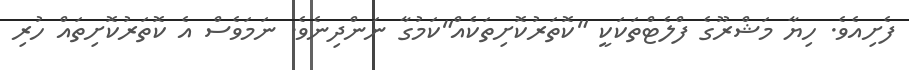
ފެށިއެވެ. ހިޔާ މަޝްރޫގެ ފްލެޓްްތަކަކީ "ކޮތަރުކޮށިތަކެއް"ކަމުގާ ނަންދިނެވެ. ނަމަވެސް އެ ކޮތަރުކޮށިތައް ހުރި